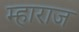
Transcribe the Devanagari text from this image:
म्हाराज